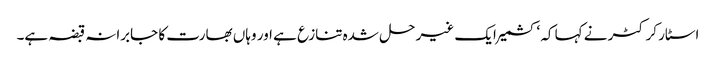
اسٹار کرکٹر نے کہا کہ ‘کشمیر ایک غیر حل شدہ تنازع ہے اور وہاں بھارت کا جابرانہ قبضہ ہے۔